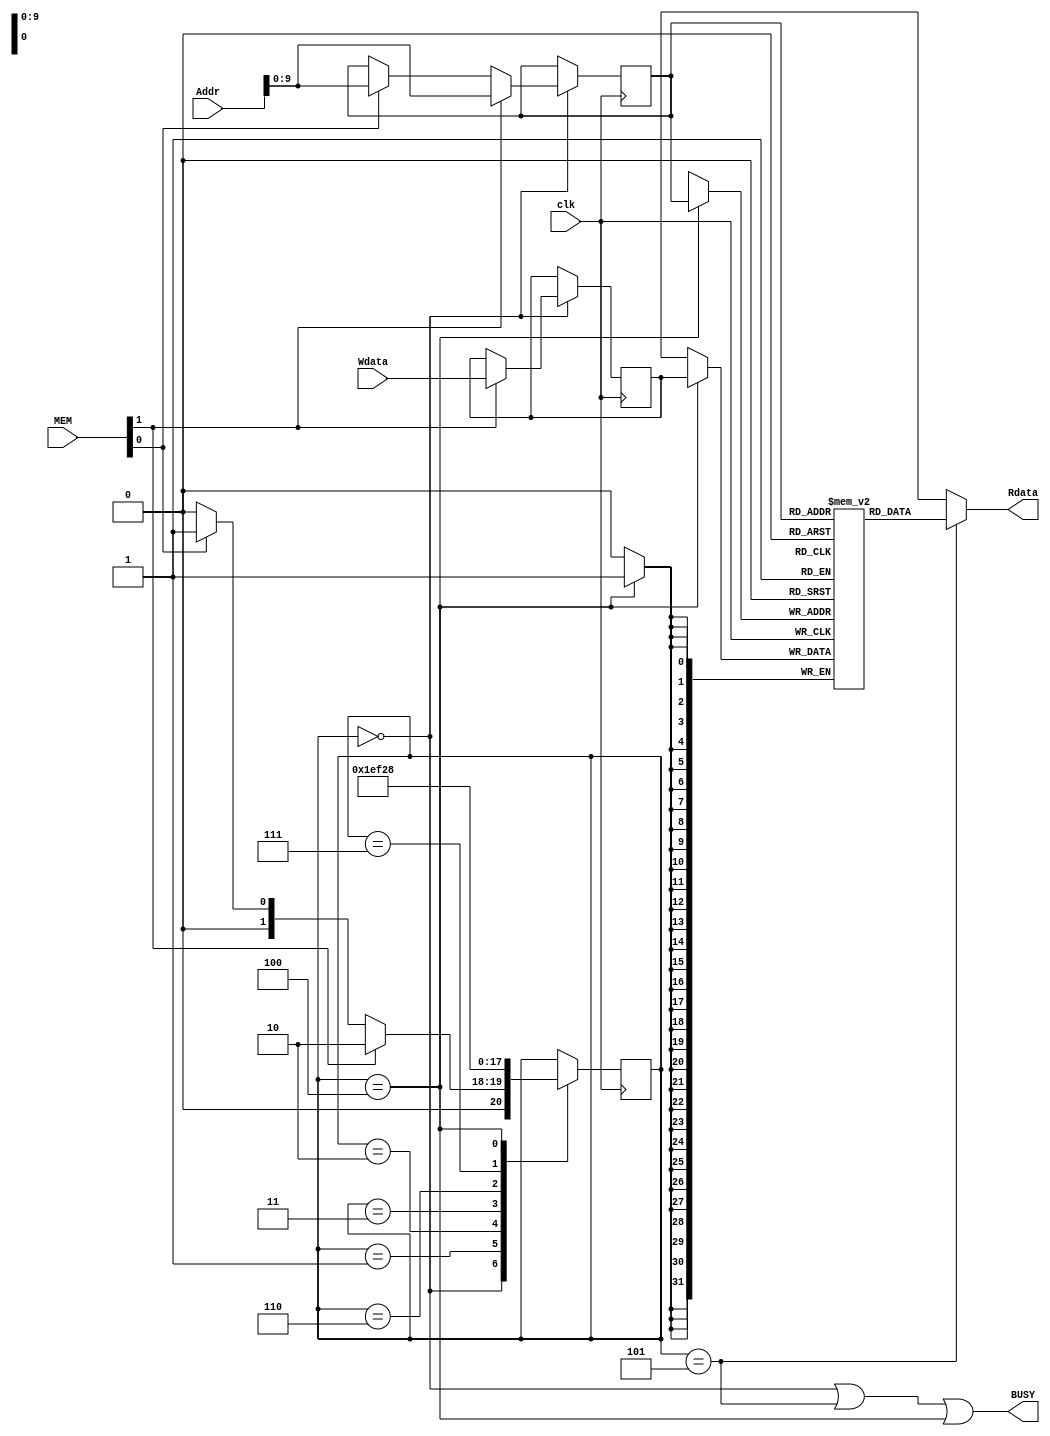
//faked
module data_cache(clk, MEM, Wdata, Addr, Rdata, BUSY);
  input clk;
  input [1:0] MEM;
  input [31:0] Wdata;
  input [31:0] Addr;
  output [31:0] Rdata;
  output BUSY;
  
  reg [2:0] state;
  reg [31:0] d_mem [0:1023];
  integer i;
  
  parameter init = 3'b000, Read1 = 3'b001, Write1 = 3'b010, Read2 = 3'b011, Write2 = 3'b110, 
    Read3 = 3'b111, Write3 = 3'b100, Read4 = 3'b101;
  
  reg [9:0] addr_int;
  reg [31:0] Wdata_int;
  
  initial begin
    state <= init;
    d_mem[0] = 32'b1;
    for(i = 1; i < 1024; i = i + 1)
      begin
        d_mem[i] = 32'b0;
      end
  end
  
  always @(posedge clk) begin
    case (state)
      init: 
        begin
          if (MEM[1] == 1) begin
            state <= Write1;
            addr_int <= Addr[9:0]; 
            Wdata_int <= Wdata;
          end else if (MEM[0] == 1) begin
            state <= Read1;
            addr_int <= Addr[9:0];
          end else begin
            state <= init;
          end
        end
      Read1: state <= Read2;
      Write1: state <= Write2;
      Read2: state <= Read3;
      Write2: state <= Write3;
      Read3: state <= Read4;
      Write3:
        begin
          state <= init;
          d_mem[addr_int] <= Wdata_int;
        end    
    endcase
  end
  
  assign BUSY = (state == init) || (state == Read4) || (state == Write3);
  assign Rdata = (state == Read4) ? d_mem[addr_int] : 'bx;

endmodule

/*
module data_cache(clk, MEM, Wdata, Addr, Rdata, BUSY);
  input clk;
  input [1:0] MEM;
  input [31:0] Wdata;
  input [31:0] Addr;
  output [31:0] Rdata;
  output BUSY;
  
  reg [31:0] d_mem [0:1023];
  integer i;
  
  initial begin
    d_mem[0] = 32'b1;
    for(i = 1; i < 1024; i = i + 1)
      begin
        d_mem[i] = 32'b0;
      end
  end
  
  assign BUSY = 1'b0;
  assign Rdata = (MEM[0] == 1) ? d_mem[Addr[9:0]] : 'bx;
  
  always @(posedge clk) begin
    if(MEM[1] == 1) begin
      d_mem[Addr[9:0]] <= Wdata;
    end
  end
endmodule
*/